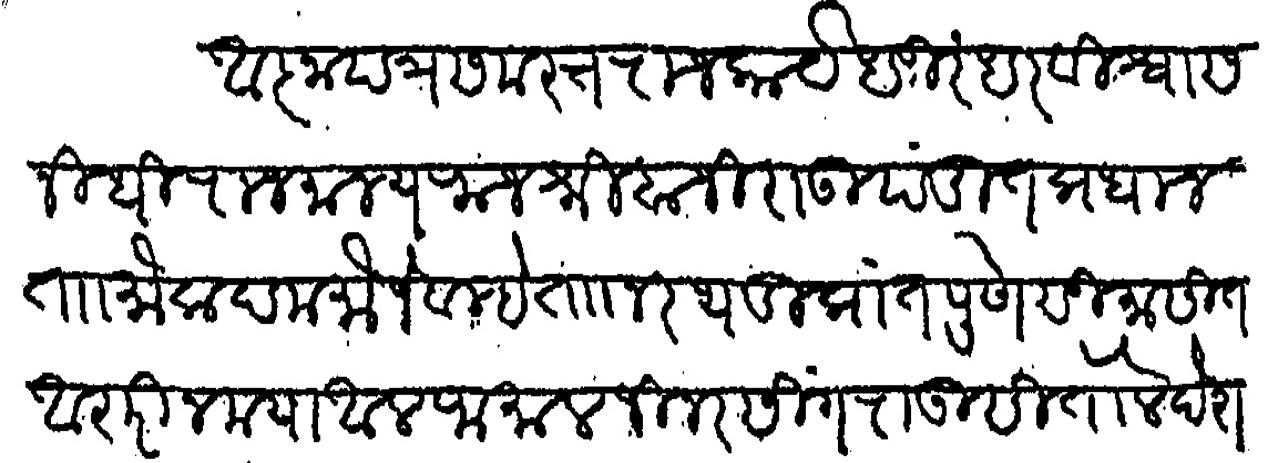
Transliteration (Devanagari): आज्ञापत्र समस्तराजकार्य धुरंधर विश्वासनिधी राजमान्य राजश्री बाजीराऊ पंडित प्रधान ताा मोकदम मौजे वाल्हे ताा निरथडी प्रांत पुणे सु सीत अशरीनमया अलफ मालजी नरसिंगराऊ सितोले देशमुख